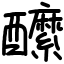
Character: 醿